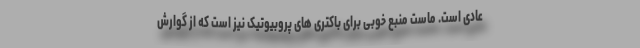
عادی است. ماست منبع خوبی برای باکتری های پروبیوتیک نیز است که از گوارش